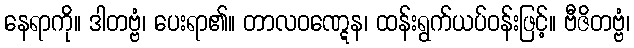
နေရာကို။ ဒါတဗ္ဗံ၊ ပေးရာ၏။ တာလဝဏ္ဋေန၊ ထန်းရွက်ယပ်ဝန်းဖြင့်။ ဗီဇိတဗ္ဗံ၊